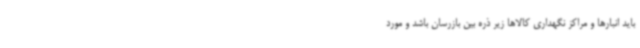
باید انبارها و مراکز نگهداری کالاها زیر ذره بین بازرسان باشد و مورد